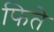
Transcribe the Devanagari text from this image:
फिते